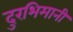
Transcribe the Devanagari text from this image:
दुरभिमानी